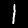
Label: 1